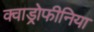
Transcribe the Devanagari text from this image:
क्वाड्रोफीनिया